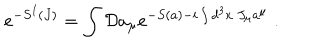
LaTeX: e ^ { - S ^ { I } ( J ) } = \int { \cal D } a _ { \mu } e ^ { - S ( a ) - i \int d ^ { 3 } x ~ J _ { \mu } a ^ { \mu } } \; .